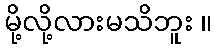
မို့လို့လားမသိဘူး ။